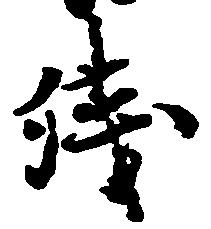
残